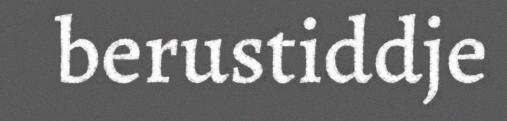
berustiddje